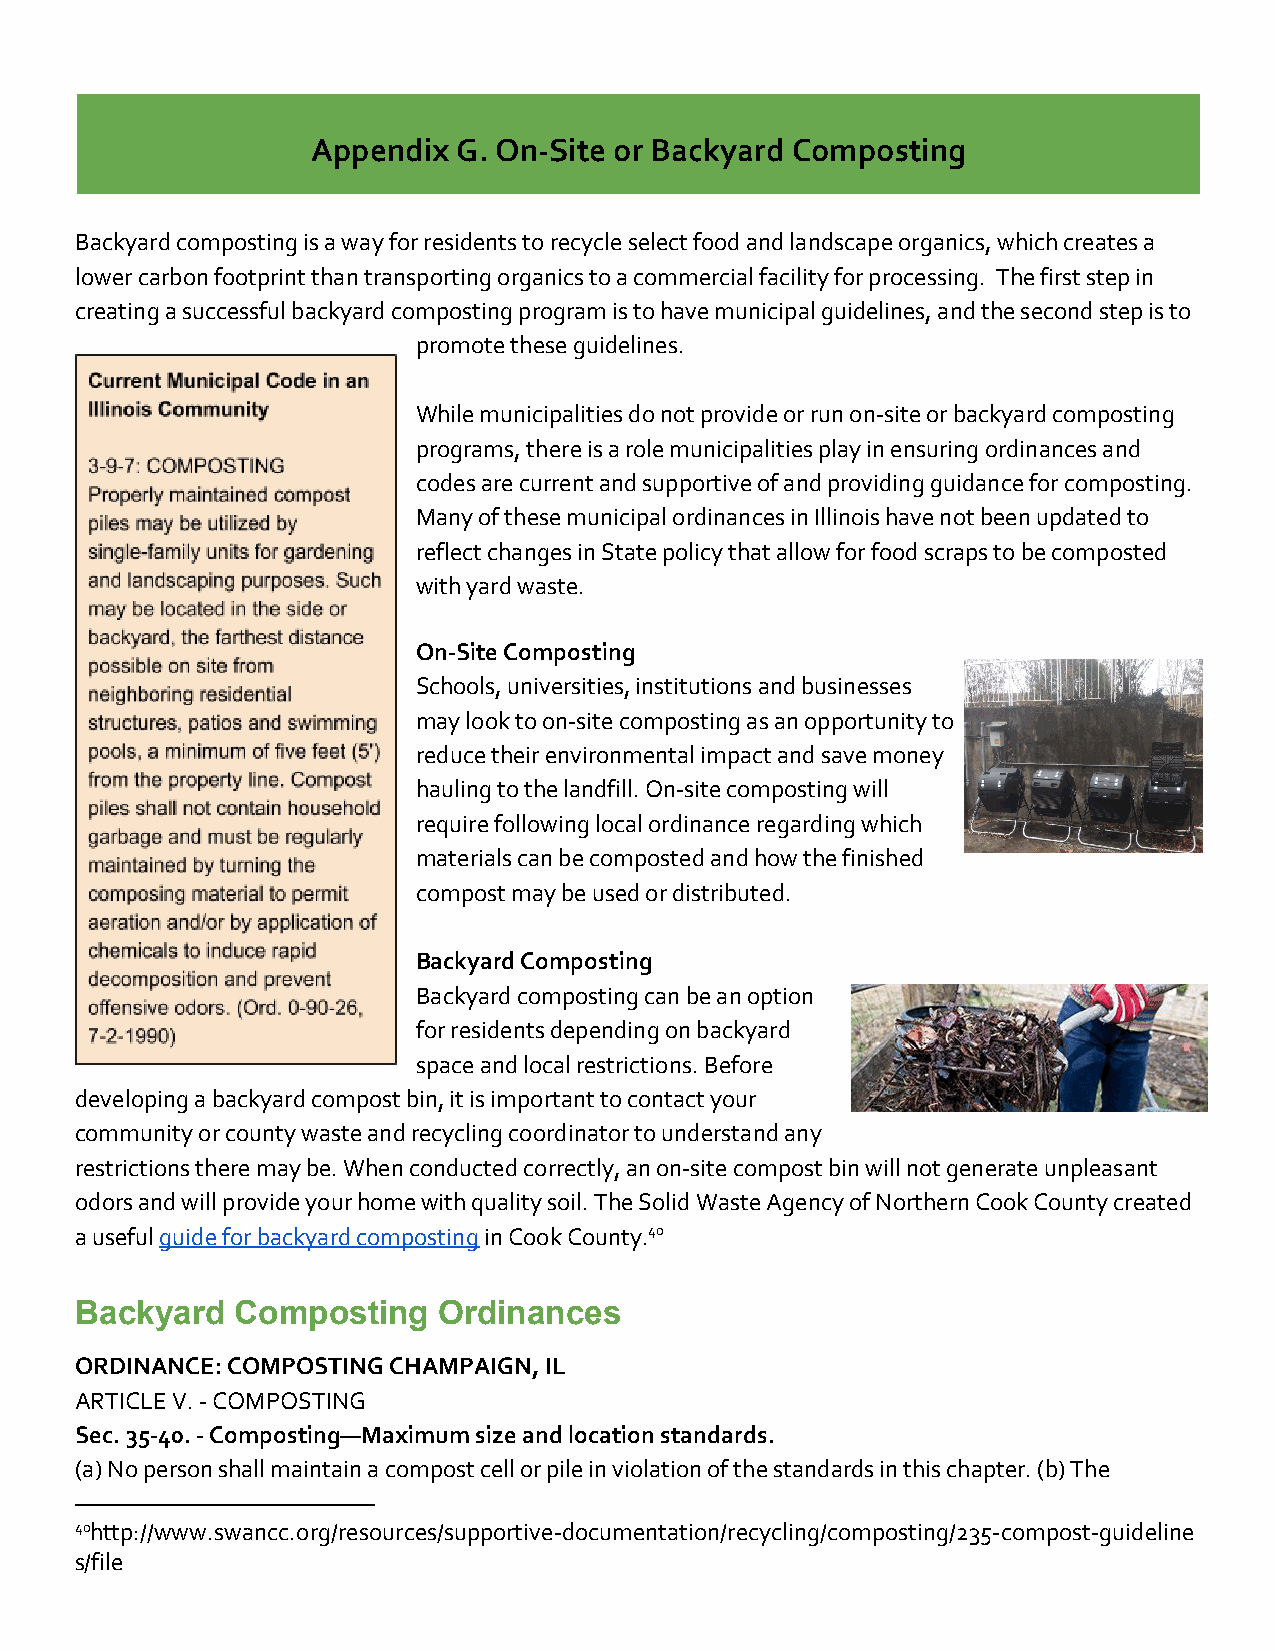
Appendix G. On-Site or Backyard Composting
 ​
 Backyard composting is a way for residents to recycle select food and landscape organics, which creates a
 lower carbon footprint than transporting organics to a commercial facility for processing. The first step in
 creating a successful backyard composting program is to have municipal guidelines, and the second step is to
 promote these guidelines.
 While municipalities do not provide or run on-site or backyard composting
 programs, there is a role municipalities play in ensuring ordinances and
 codes are current and supportive of and providing guidance for composting.
 Many of these municipal ordinances in Illinois have not been updated to
 reflect changes in State policy that allow for food scraps to be composted
 with yard waste.
 On-Site Composting
 Schools, universities, institutions and businesses
 may look to on-site composting as an opportunity to
 reduce their environmental impact and save money
 hauling to the landfill. On-site composting will
 require following local ordinance regarding which
 materials can be composted and how the finished
 compost may be used or distributed.
 Backyard Composting
 Backyard composting can be an option
 for residents depending on backyard
 space and local restrictions. Before
 developing a backyard compost bin, it is important to contact your
 community or county waste and recycling coordinator to understand any
 restrictions there may be. When conducted correctly, an on-site compost bin will not generate unpleasant
 odors and will provide your home with quality soil. The Solid Waste Agency of Northern Cook County created
 a useful guide for backyard composting in Cook County.40
 ​                    ​
 Backyard   Composting   Ordinances
 ORDINANCE: COMPOSTING CHAMPAIGN, IL
 ARTICLE V. - COMPOSTING
 Sec. 35-40. - Composting—Maximum size and location standards.
 (a) No person shall maintain a compost cell or pile in violation of the standards in this chapter. (b) The
 40http://www.swancc.org/resources/supportive-documentation/recycling/composting/235-compost-guideline
 s/file